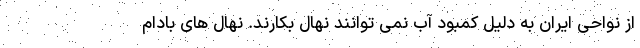
از نواحی ایران به دلیل کمبود آب نمی توانند نهال بکارند. نهال های بادام